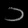
Digit: ၁